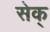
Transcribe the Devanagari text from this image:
सेक्